Newspaper: Daily Davenport Democrat. [volume]
Place of publication: Davenport, Iowa
Publisher: [D.N. Richardson]
Date: 1865-12-18 00:00:00
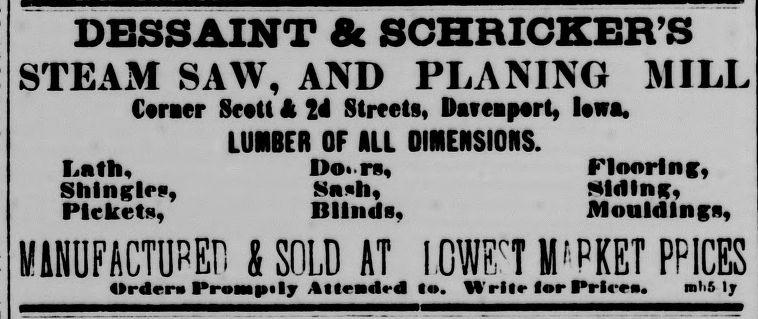
Advertisement text (OCR):
DESSAINT & SCHRICKER'S STEAM SAW, AND PLANING MILL Caraer Scat! k 24 Streets, Davmpart, Uwa. LUMBER OF ALL OINENSIOH Luth, Do.ru, Flooring, Sliln^lrfi, Sn»h, Siding, Pickets, Bllnda, Mouldings WlNUFACTUPEf. 8 SOLD AT IGWT fflrPKET PPICES OrderaProaiptlj' Allraded In. Write lor Prices. mb5 ly
Label: text-only